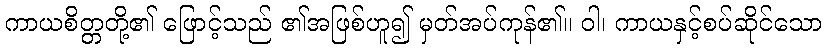
ကာယစိတ္တတို့၏ ဖြောင့်သည် ၏အဖြစ်ဟူ၍ မှတ်အပ်ကုန်၏။ ဝါ၊ ကာယနှင့်စပ်ဆိုင်သော